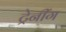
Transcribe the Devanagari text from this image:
ट्रेनींग